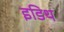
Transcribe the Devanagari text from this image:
इडिथ